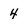
Character: 4